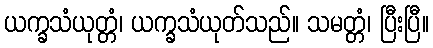
ယက္ခသံယုတ္တံ၊ ယက္ခသံယုတ်သည်။ သမတ္တံ၊ ပြီးပြီ။